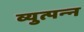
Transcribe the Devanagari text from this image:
व्युत्पन्‍न